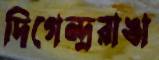
দিগেন্দ্ররাঙা